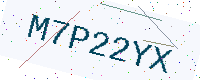
Text: M7P22YX